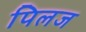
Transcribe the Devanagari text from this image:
पिलज